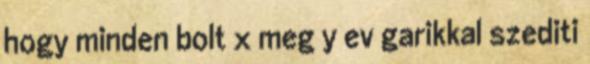
hogy minden bolt x meg y ev garikkal szediti